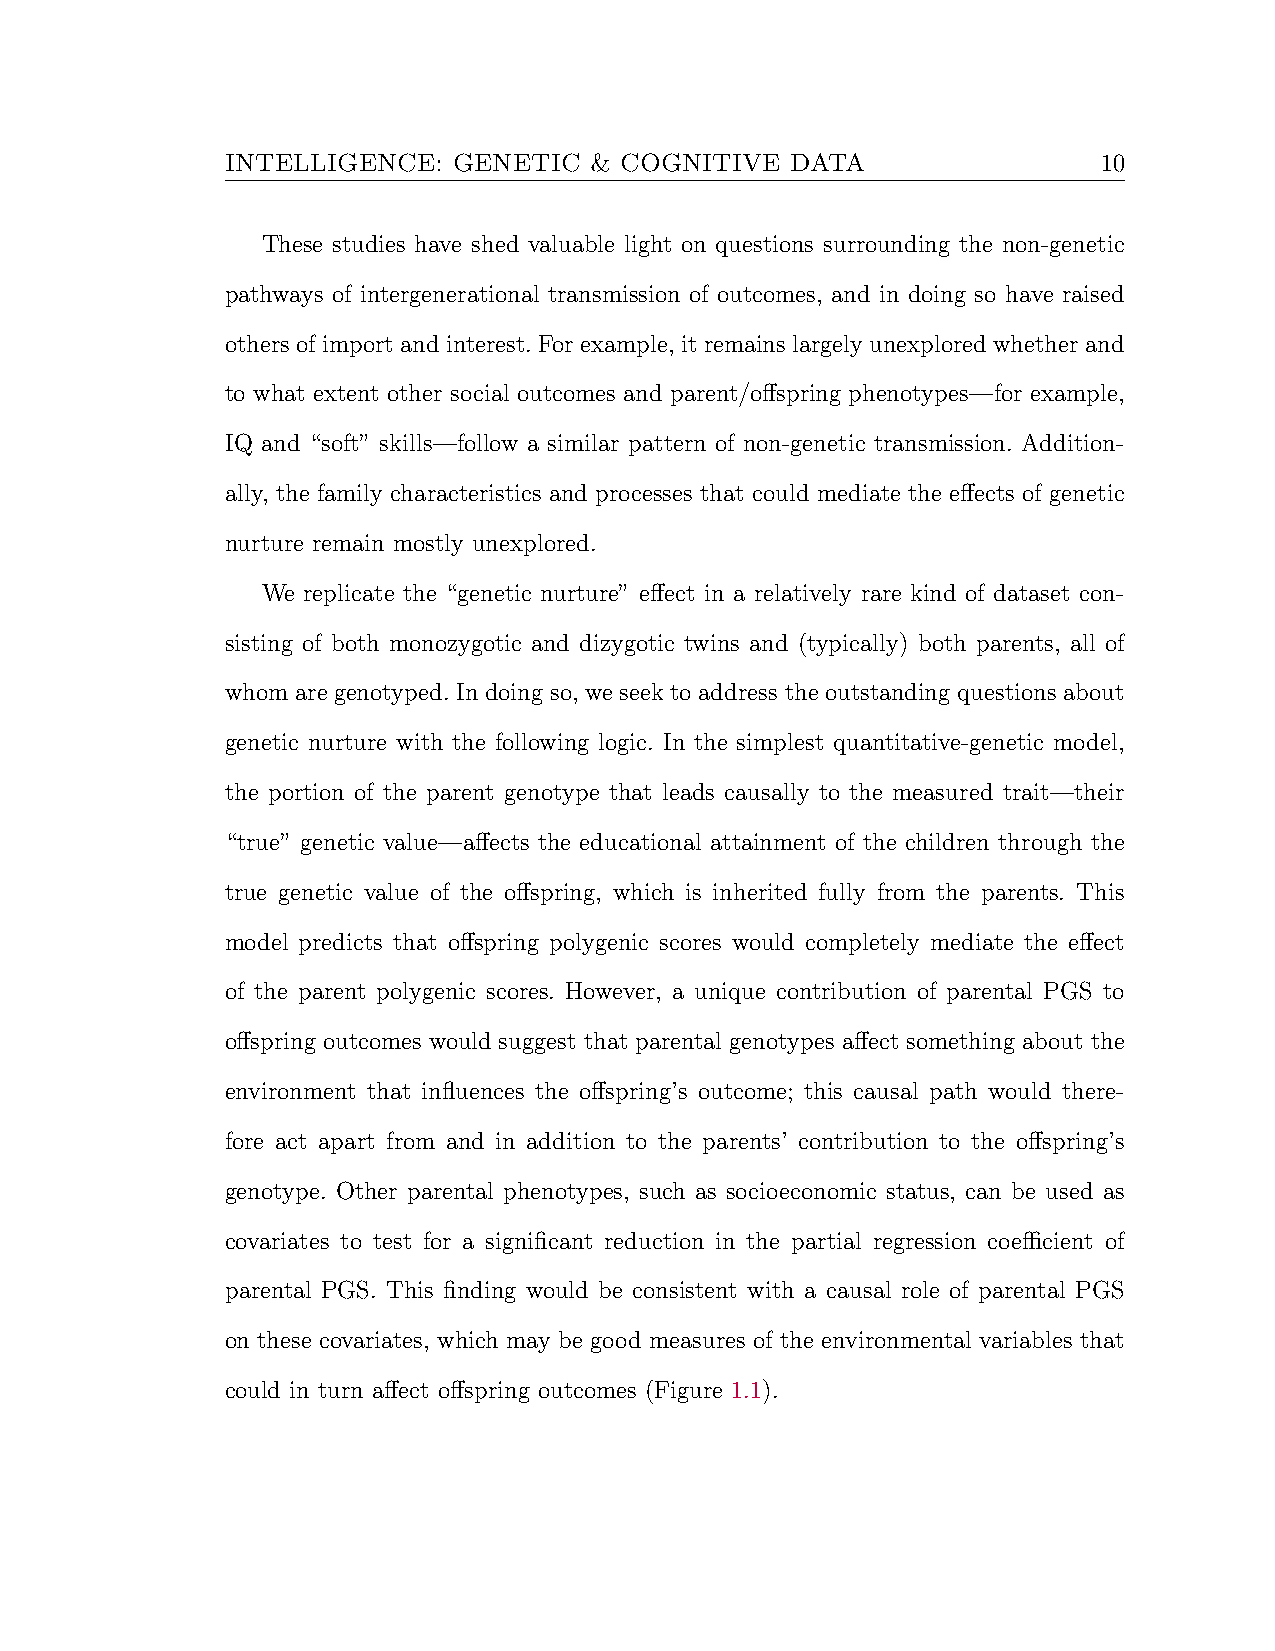
INTELLIGENCE:  GENETIC  & COGNITIVE  DATA                 10
 These studies have shed valuable light on questions surrounding the non-genetic
 pathways of intergenerational transmission of outcomes, and in doing so have raised
 others of import and interest. For example, it remains largely unexplored whether and
 to what extent other social outcomes and parent/offspring phenotypes—for example,
 IQ and “soft” skills—follow a similar pattern of non-genetic transmission. Addition-
 ally, the family characteristics and processes that could mediate the effects of genetic
 nurture remain mostly unexplored.
 We replicate the “genetic nurture” effect in a relatively rare kind of dataset con-
 sisting of both monozygotic and dizygotic twins and (typically) both parents, all of
 whom are genotyped. In doing so, we seek to address the outstanding questions about
 genetic nurture with the following logic. In the simplest quantitative-genetic model,
 the portion of the parent genotype that leads causally to the measured trait—their
 “true” genetic value—affects the educational attainment of the children through the
 true genetic value of the offspring, which is inherited fully from the parents. This
 model predicts that offspring polygenic scores would completely mediate the effect
 of the parent polygenic scores. However, a unique contribution of parental PGS to
 offspring outcomes would suggest that parental genotypes affect something about the
 environment that influences the offspring’s outcome; this causal path would there-
 fore act apart from and in addition to the parents’ contribution to the offspring’s
 genotype. Other parental phenotypes, such as socioeconomic status, can be used as
 covariates to test for a significant reduction in the partial regression coefficient of
 parental PGS. This finding would be consistent with a causal role of parental PGS
 on these covariates, which may be good measures of the environmental variables that
 could in turn affect offspring outcomes (Figure 1.1).